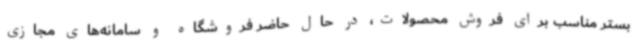
بستر مناسب برای فروش محصولات، در حال حاضر فروشگاه‌ و سامانه‌های مجازی